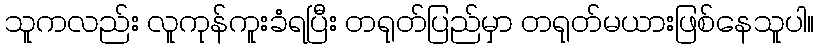
သူကလည်း လူကုန်ကူးခံရပြီး တရုတ်ပြည်မှာ တရုတ်မယားဖြစ်နေသူပါ။